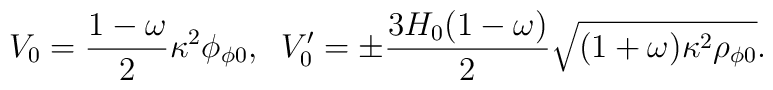
V_0 =\frac{1-\omega}{2}\kappa^2\phi_{\phi 0} ,\;\; V_0'=\pm\frac{3H_0(1-\omega)}{2}\sqrt{(1+\omega)\kappa^2\rho_{\phi0}} .